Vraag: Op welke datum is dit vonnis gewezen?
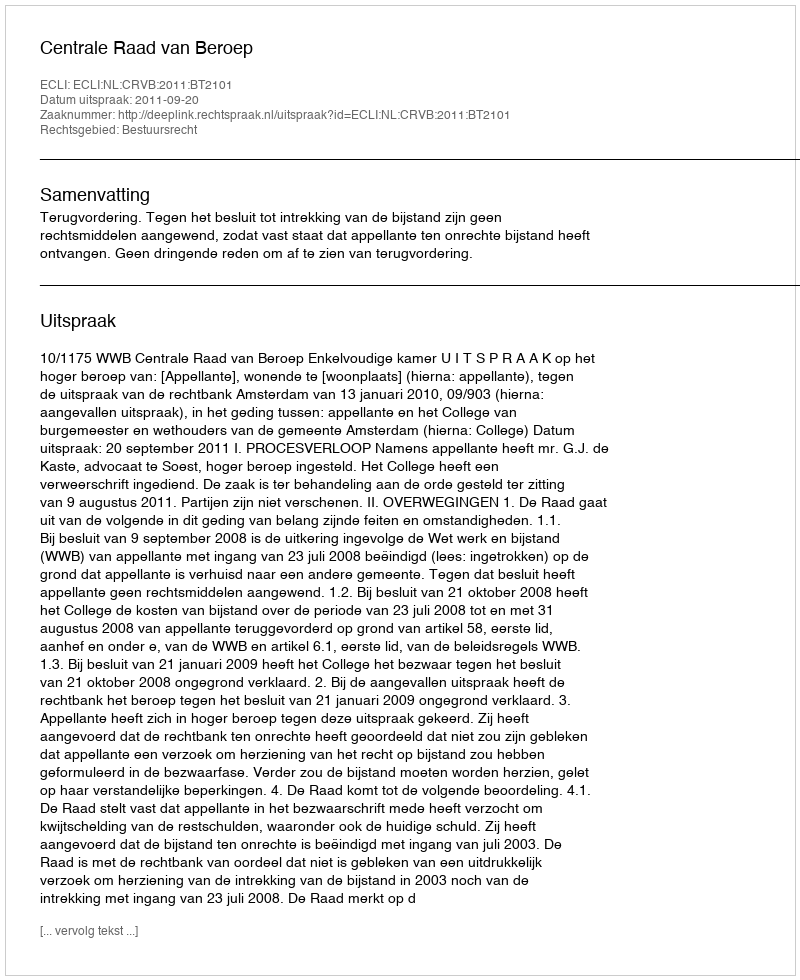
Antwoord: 2011-09-20